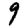
Digit: 9